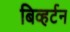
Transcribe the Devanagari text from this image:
बिव्हर्टन